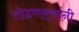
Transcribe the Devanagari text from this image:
तोडणार्‍यांनी